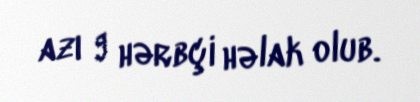
azı 9 hərbçi həlak olub.